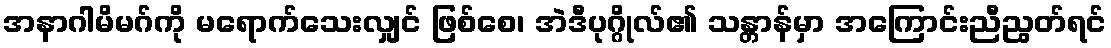
အနာဂါမိမဂ်ကို မရောက်သေးလျှင် ဖြစ်စေ၊ အဲဒီပုဂ္ဂိုလ်၏ သန္တာန်မှာ အကြောင်းညီညွတ်ရင်